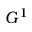
G ^ { 1 }